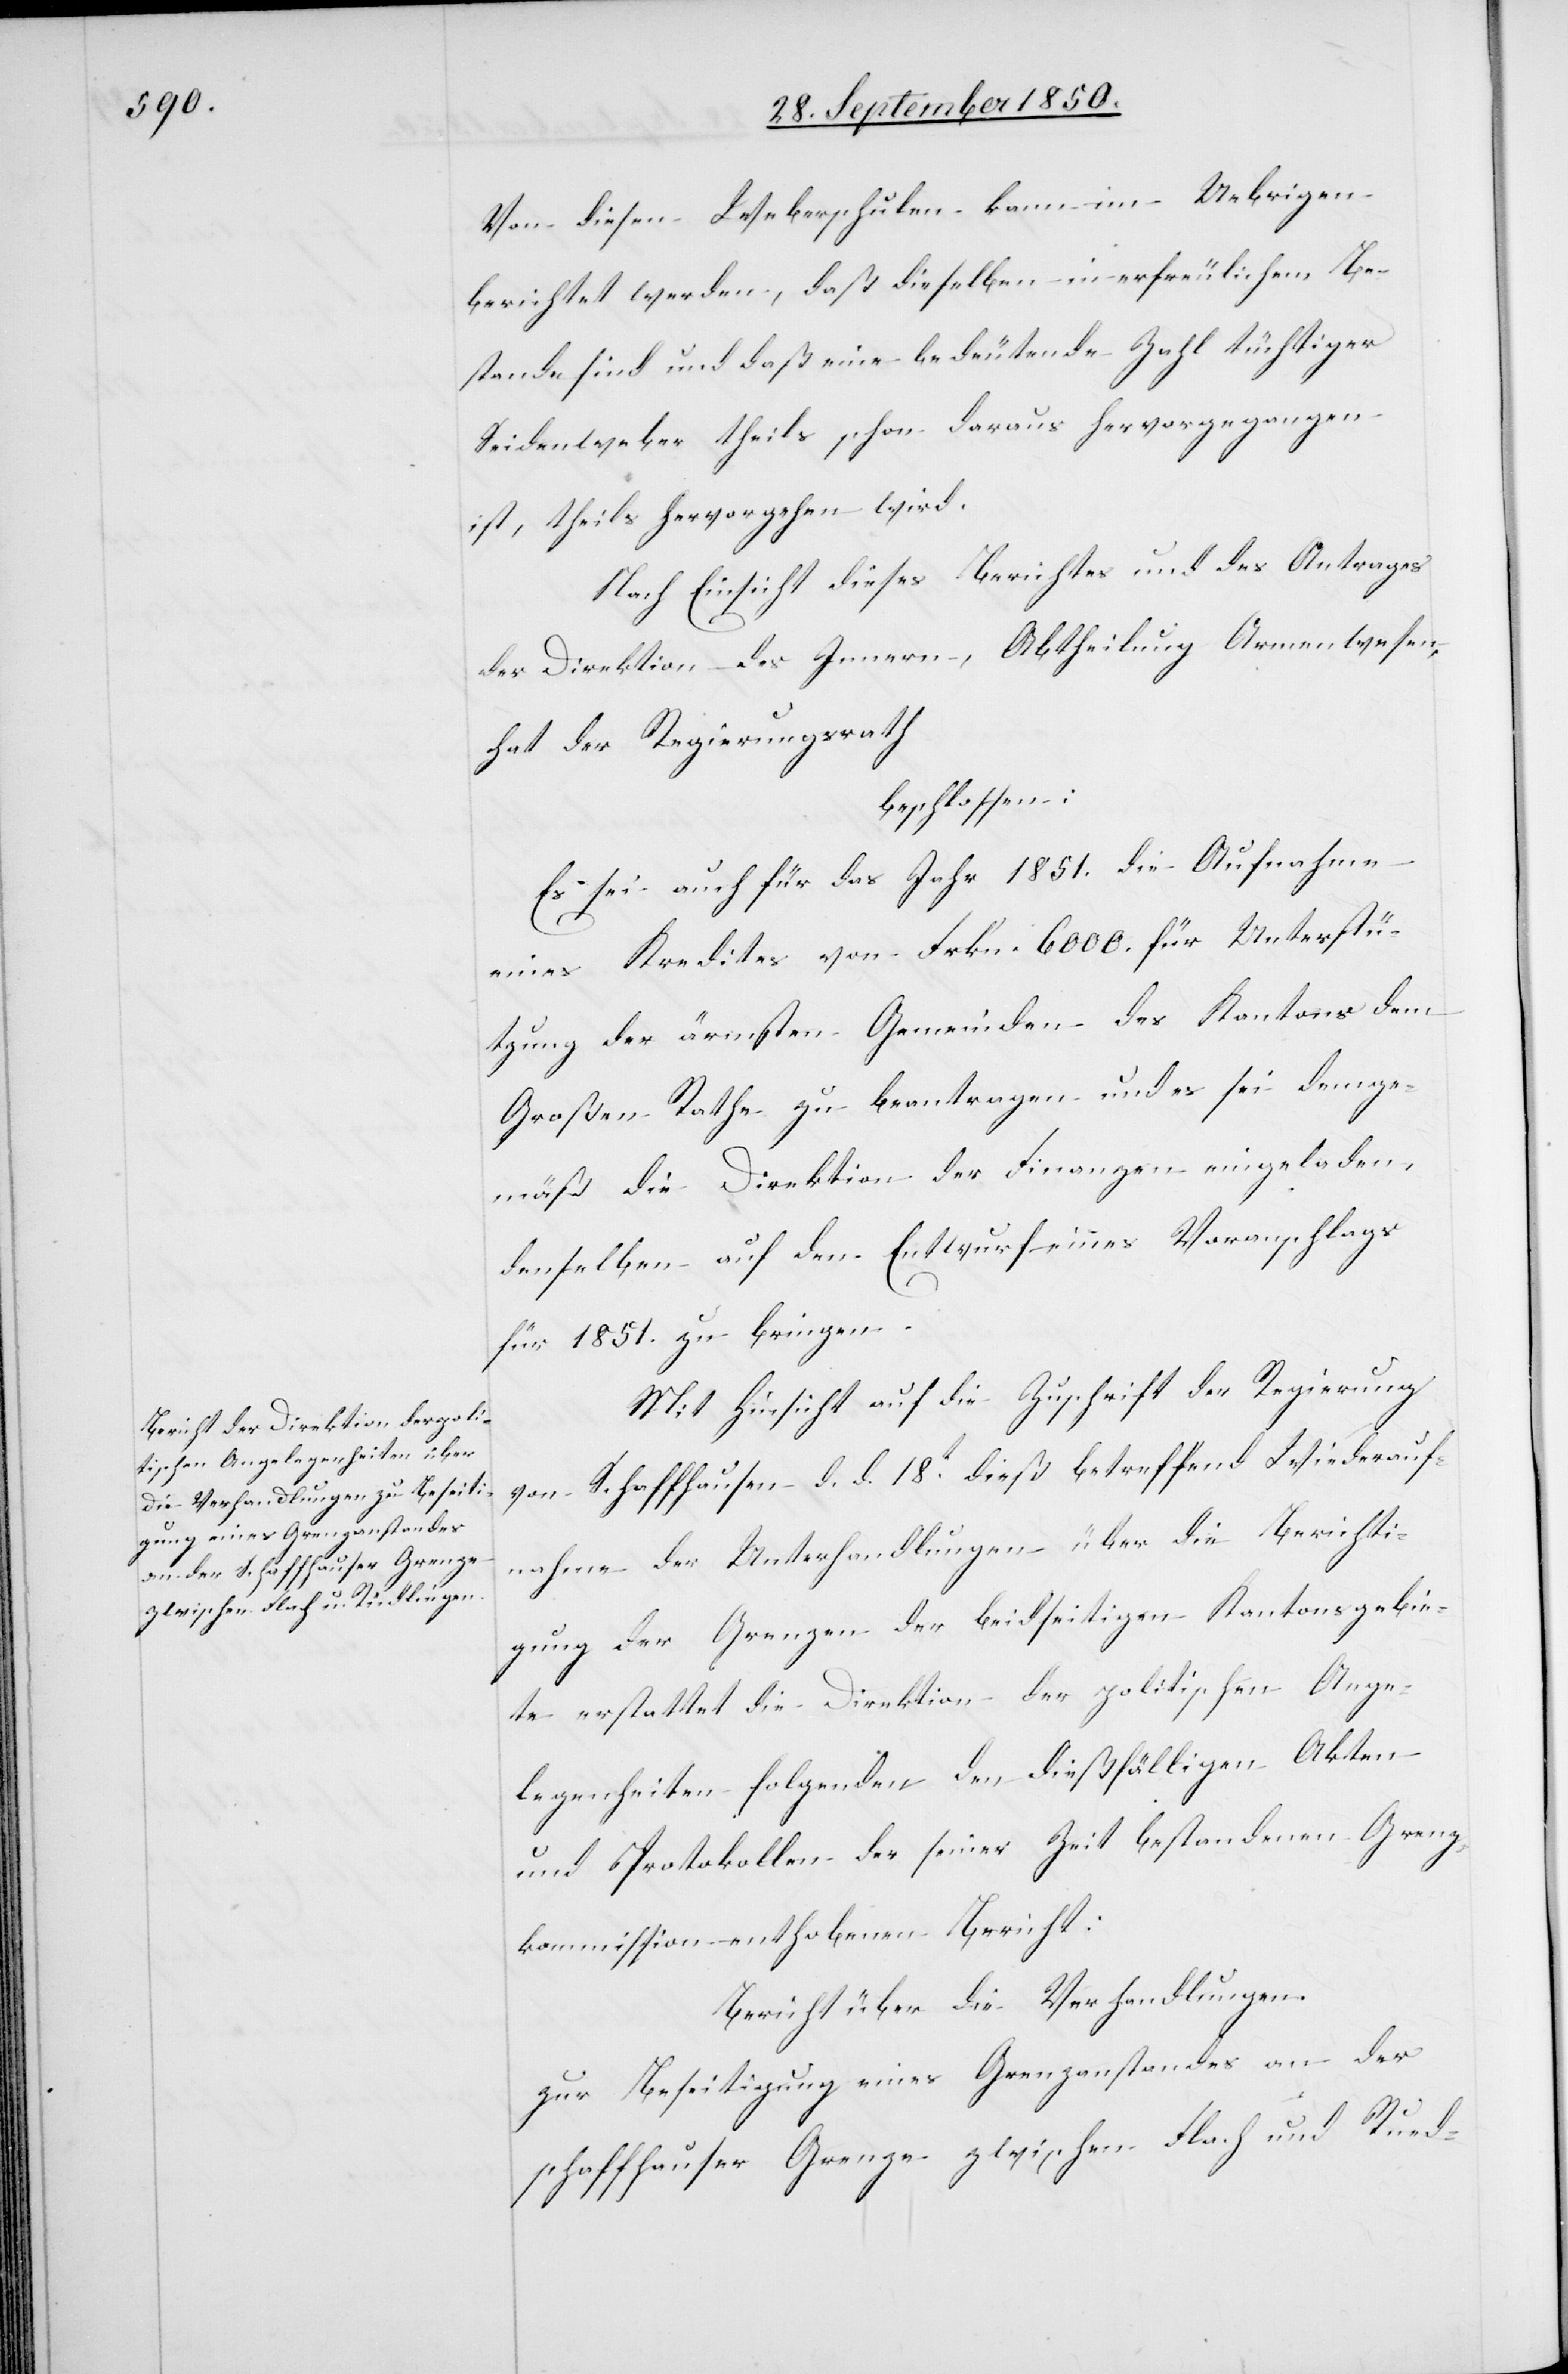
Von diesen Weberschulen kann im Uebrigen
berichtet werden, daß dieselben in erfreulichem Be¬
stande sind und daß eine bedeutende Zahl tüchtiger
Seidenweber theils schon daraus hervorgegangen
ist, theils hervorgehen wird.
Nach Einsicht dieses Berichtes und des Antrages
der Direktion des Innern, Abtheilung Armenwesen,
hat der Regierungsrath
beschlossen:
Es sei auch für das Jahr 1851. die Aufnahme
eines Kredites von Frkn. 6000. für Unterstü¬
tzung der ärmsten Gemeinden des Kantons dem
Großen Rathe zu beantragen und es sei demge¬
mäß die Direktion der Finanzen eingeladen,
denselben auf den Entwurf einnes [sic!] Voranschlages
für 1851. zu bringen.
Mit Hinsicht auf die Zuschrift der Regierung
von Schaffhausen d. d. 18t dieß betreffend Wiederauf¬
nahme der Unterhandlungen über die Berichti¬
gung der Grenzen den beidseitigen Kantonsgebie¬
te erstattet die Direktion der politischen Ange¬
legenheiten folgenden den dießfälligen Akten
und Protokollen der seiner Zeit bestandenen Grenz¬
kommission enthobenen Bericht:
Bericht über die Verhandlungen.
zur Beseitigung eines Grenzanstandes an der
schaffhauser Grenze zwischen Flach und Rued-